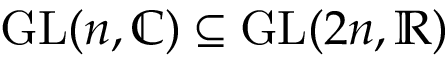
\mathrm { G L } ( n , \mathbb { C } ) \subseteq \mathrm { G L } ( 2 n , \mathbb { R } )